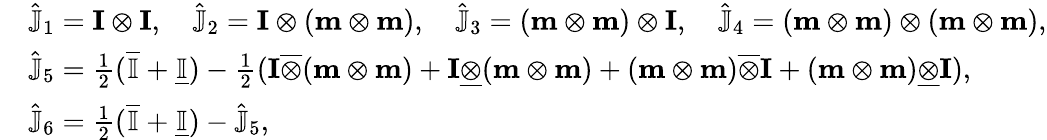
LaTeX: \begin{array}{rl}&{\hat{\mathbb{J}}_{1}=\textbf{I}\otimes\textbf{I},\quad\hat{\mathbb{J}}_{2}=\textbf{I}\otimes(\textbf{m}\otimes\textbf{m}),\quad\hat{\mathbb{J}}_{3}=(\textbf{m}\otimes\textbf{m})\otimes\textbf{I},\quad\hat{\mathbb{J}}_{4}=(\textbf{m}\otimes\textbf{m})\otimes(\textbf{m}\otimes\textbf{m}),}\\ &{\hat{\mathbb{J}}_{5}=\frac{1}{2}(\overline{{\mathbb{I}}}+\underline{{\mathbb{I}}})-\frac{1}{2}(\textbf{I}\overline{{\otimes}}(\textbf{m}\otimes\textbf{m})+\textbf{I}\underline{{\otimes}}(\textbf{m}\otimes\textbf{m})+(\textbf{m}\otimes\textbf{m})\overline{{\otimes}}\textbf{I}+(\textbf{m}\otimes\textbf{m})\underline{{\otimes}}\textbf{I}),}\\ &{\hat{\mathbb{J}}_{6}=\frac{1}{2}(\overline{{\mathbb{I}}}+\underline{{\mathbb{I}}})-\hat{\mathbb{J}}_{5},}\end{array}